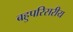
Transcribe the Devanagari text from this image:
बहुपरिसरीय